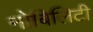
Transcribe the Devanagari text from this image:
नोबिलिटी